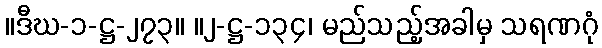
။ဒီဃ-၁-ဋ္ဌ-၂၇၃။ ။၂-ဋ္ဌ-၁၃၄၊ မည်သည့်အခါမှ သရဏဂုံ